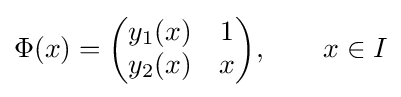
\Phi (x)={\begin{pmatrix}y_{1}(x)&1\\y_{2}(x)&x\end{pmatrix}},\qquad x\in I